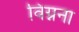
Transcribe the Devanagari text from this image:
विग्नना